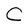
Character: C